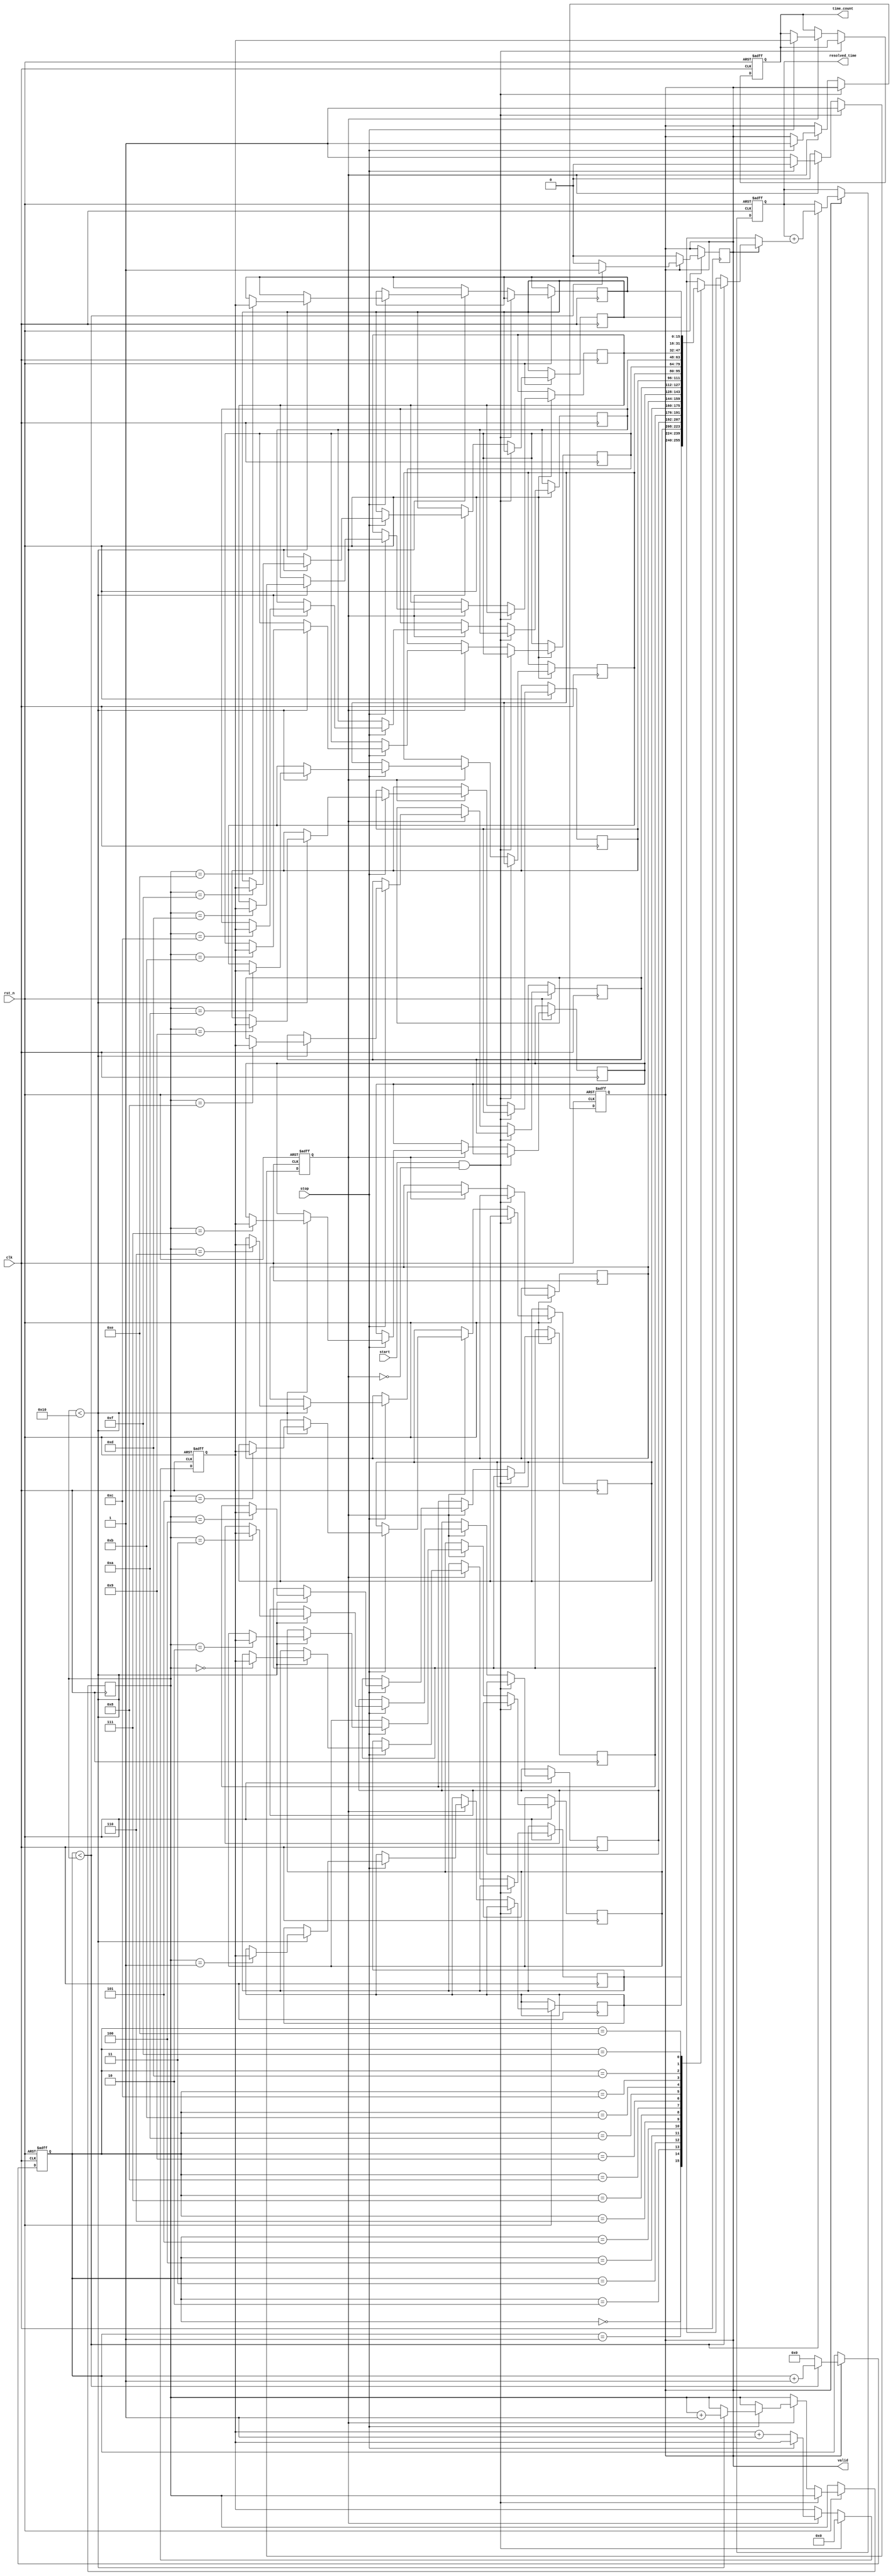
module TDC (
    input wire clk,                // System clock
    input wire rst_n,              // Active low reset
    input wire start,              // Start signal
    input wire stop,               // Stop signal
    output reg [15:0] time_count,  // Time interval count output
    output reg valid,              // Valid output flag
    output reg [15:0] resolved_time // Resolved time output
);

// Parameters
parameter MEMORY_SIZE = 16;  // Size of memory blocks
parameter MAX_TIME = 65535;   // Max count value
parameter THRESHOLD = 10;      // Threshold for resolution improvement

// Internal signals
reg [15:0] memory [0:MEMORY_SIZE-1]; // Memory array for storage
reg [3:0] write_ptr;                // Write pointer for memory
reg [3:0] read_ptr;                 // Read pointer for memory
reg [15:0] raw_time;                // Raw time captured
reg measuring;                      // Measuring state flag

// Counter for measuring time intervals
always @(posedge clk or negedge rst_n) begin
    if (!rst_n) begin
        raw_time <= 0;
        measuring <= 0;
        time_count <= 0;
        valid <= 0;
    end else begin
        if (start && !measuring) begin
            measuring <= 1;            // Start measuring
            raw_time <= 0;            // Reset raw time
        end else if (measuring) begin
            if (!stop) begin
                raw_time <= raw_time + 1; // Increment raw time
            end else begin
                measuring <= 0;        // Stop measuring
                time_count <= raw_time; // Capture time count
                valid <= 1;            // Set valid flag
                if (write_ptr < MEMORY_SIZE) begin
                    memory[write_ptr] <= raw_time; // Store in memory
                    write_ptr <= write_ptr + 1;     // Increment write pointer
                end
            end
        end
    end
end

// Resolution-Improvement Algorithm (Simple Averaging)
always @(posedge clk or negedge rst_n) begin
    if (!rst_n) begin
        resolved_time <= 0;
        read_ptr <= 0;
    end else if (valid) begin
        // Simple averaging of measurements in memory
        if (read_ptr < write_ptr) begin
            resolved_time <= resolved_time + memory[read_ptr];
            read_ptr <= read_ptr + 1;
        end else begin
            resolved_time <= resolved_time / (read_ptr + 1); // Average
            valid <= 0; // Reset valid flag after processing
            read_ptr <= 0; // Reset read pointer
            resolved_time <= resolved_time; // Output final resolved time
        end
    end
end

endmodule